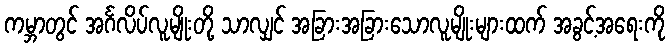
ကမ္ဘာတွင် အင်္ဂလိပ်လူမျိုးတို့ သာလျှင် အခြားအခြားသောလူမျိုးများထက် အခွင့်အရေးကို